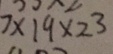
7 \times 1 9 \times 2 ^ { 3 }